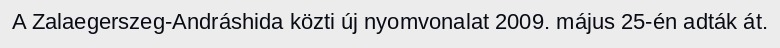
A Zalaegerszeg-Andráshida közti új nyomvonalat 2009. május 25-én adták át.